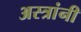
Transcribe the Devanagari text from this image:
अस्त्रांनी